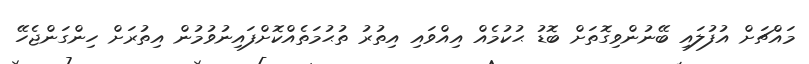
މައްޗަށް އުފުލައި ބޭނުންވިގޮތަށް ބޮޑު ޙުކުމެއް އިއްވައި އިތުރު ތުޙުމަތެއްކޮށްފައިނުވުމުން އިތުރަށް ހިންގަންޖެހޭ